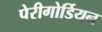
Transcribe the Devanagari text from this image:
पेरीगोर्डियन